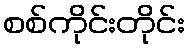
စစ်ကိုင်းတိုင်း